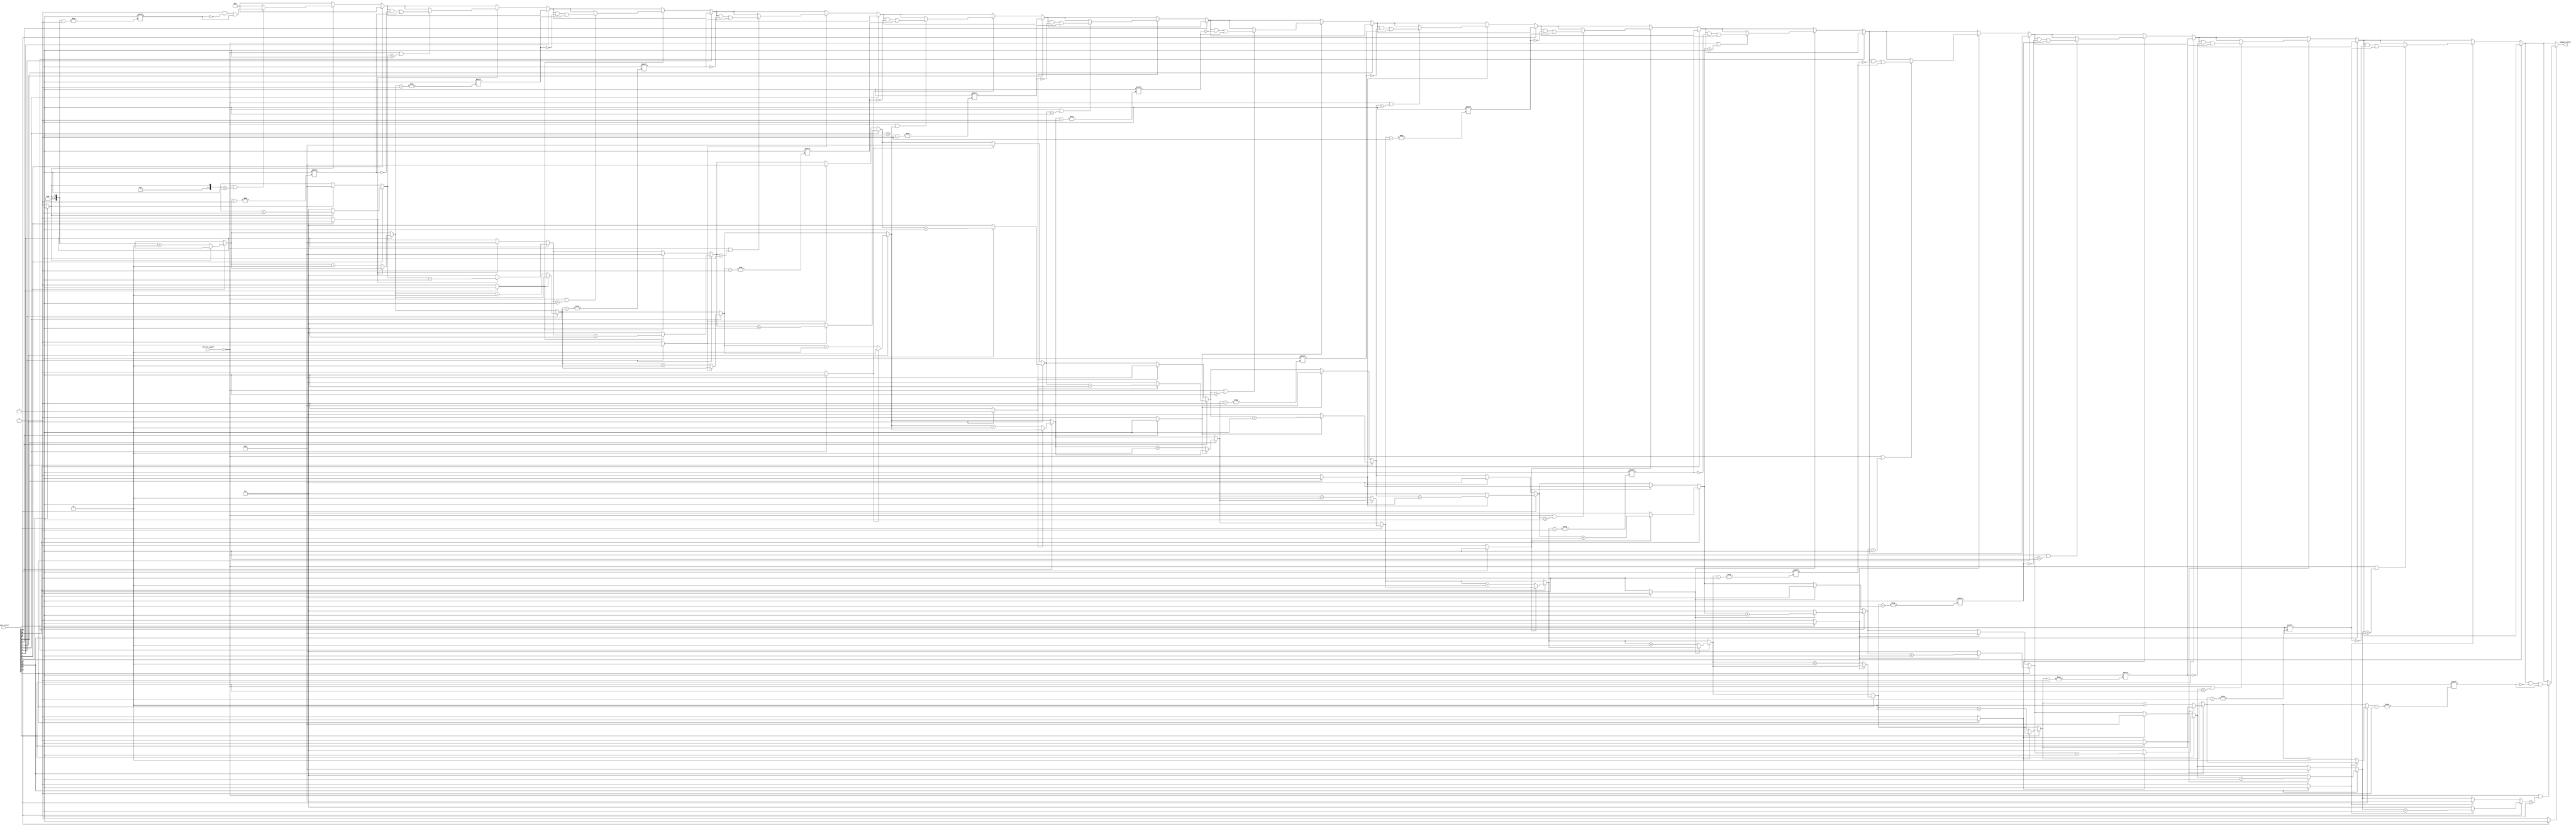
module grouping_of_ones #(
    parameter N = 15, // Size of the input vector
    parameter M = N   // Size of the output vector (can be adjusted if needed)
) (
    input  [N:0] input_vector,
    input  control_signal, // Optional control signal
    output reg [M:0] output_vector // Output vector for grouped ones
);

    integer i;
    reg [M:0] temp_output;
    reg in_group; // State to check if we are in a group of 1s
    reg [3:0] group_size; // To count the size of the current group
    integer group_count; // To count the number of groups found

    always @(*) begin
        // Initialize
        temp_output = 0;
        group_count = 0;
        in_group = 0;
        group_size = 0;

        // Scan through the input vector
        for (i = 0; i < N; i = i + 1) begin
            if (input_vector[i] == 1'b1) begin
                if (!in_group) begin
                    // We are starting a new group
                    in_group = 1;
                    group_size = 1;
                    group_count = group_count + 1;
                end else begin
                    // We are already in a group, just increment the size
                    group_size = group_size + 1;
                end
            end else begin
                if (in_group) begin
                    // We are ending the current group
                    if ((control_signal == 1'b0) || (group_size > 1)) begin
                        temp_output[group_count] = 1'b1;
                    end
                    in_group = 0;
                    group_size = 0; // Reset for the next potential group
                end
            end
        end

        // Handle the end of the input vector
        if (in_group) begin
            if ((control_signal == 1'b0) || (group_size > 1)) begin
                temp_output[group_count] = 1'b1;
            end
        end

        // Assign the temporary output to the output vector
        output_vector = temp_output;
    end
endmodule